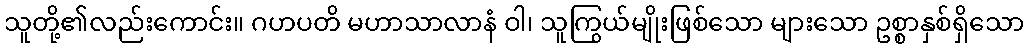
သူတို့၏လည်းကောင်း။ ဂဟပတိ မဟာသာလာနံ ဝါ၊ သူကြွယ်မျိုးဖြစ်သော များသော ဥစ္စာနှစ်ရှိသော